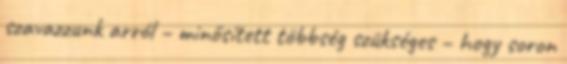
szavazzunk arról – minősített többség szükséges – hogy soron